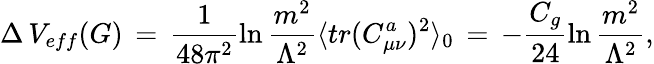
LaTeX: \Delta\, V_{eff}(G)\, =\, \frac{1}{48\pi^{2}}\ln\frac{m^{2}}{\Lambda^{2}}\langle tr(C_{\mu\nu}^{a})^{2}\rangle_{0}\, =\, -\frac{C_{g}}{24}\ln\frac{m^{2}}{\Lambda^{2}},